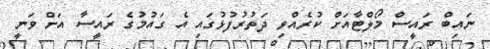
ނައިބް ރައީސް މޯލްޓާއަށް ކުރެއްވި ދަތުރުފުޅުގައި އެ ގައުމުގެ ރައީސާ އަށް ވަނީ